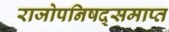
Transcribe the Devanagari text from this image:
राजोपनिषद्समाप्त